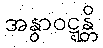
အနွာဝဋ္ဋန္တိ